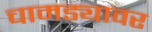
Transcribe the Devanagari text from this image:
चामड्यावर